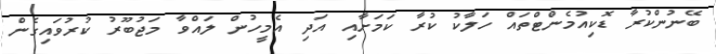
ބޭނުންކުރާ ޑޮކިއުމެންޓްތައް ހަލާކު ކުރާ ކަމަށާއި އަދި އެމީހުން ލައްވާ މަޖުބޫރު ކުރުވައިގެން